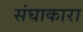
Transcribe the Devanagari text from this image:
संघाकारा